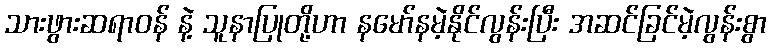
သားဖွားဆရာဝန် နဲ့ သူနာပြုတို့ဟာ နမော်နမဲ့နိုင်လွန်းပြီး အဆင်ခြင်မဲ့လွန်းစွာ